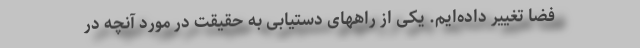
فضا تغییر داده‌ایم. یکی از راههای دستیابی به حقیقت در مورد آنچه در